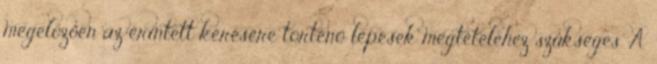
megelőzően az érintett kérésére történő lépések megtételéhez szükséges. A